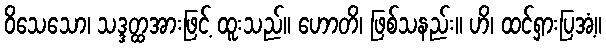
ဝိသေသော၊ သဒ္ဒတ္ထအားဖြင့် ထူးသည်။ ဟောတိ၊ ဖြစ်သနည်း။ ဟိ၊ ထင်ရှားပြအံ့။